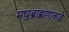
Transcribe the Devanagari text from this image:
मधुब्राह्मणाकडे